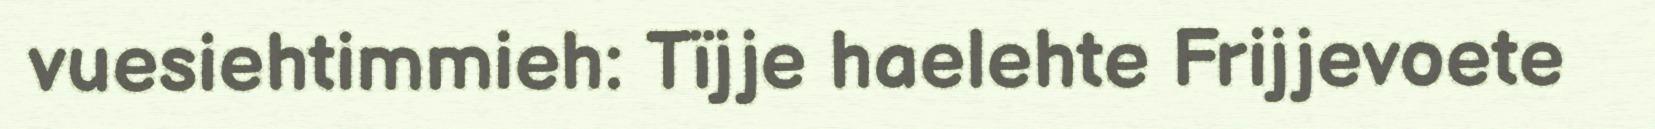
vuesiehtimmieh: Tïjje haelehte Frijjevoete